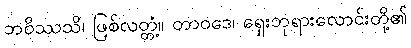
ဘဝိဿသိ၊ ဖြစ်လတ္တံ့။ တာဝဒေ၊ ရှေးဘုရားလောင်းတို့၏